NAE_kihelkonnakohtute_kirjad_ja_protokollid_1869-1889, lk 13
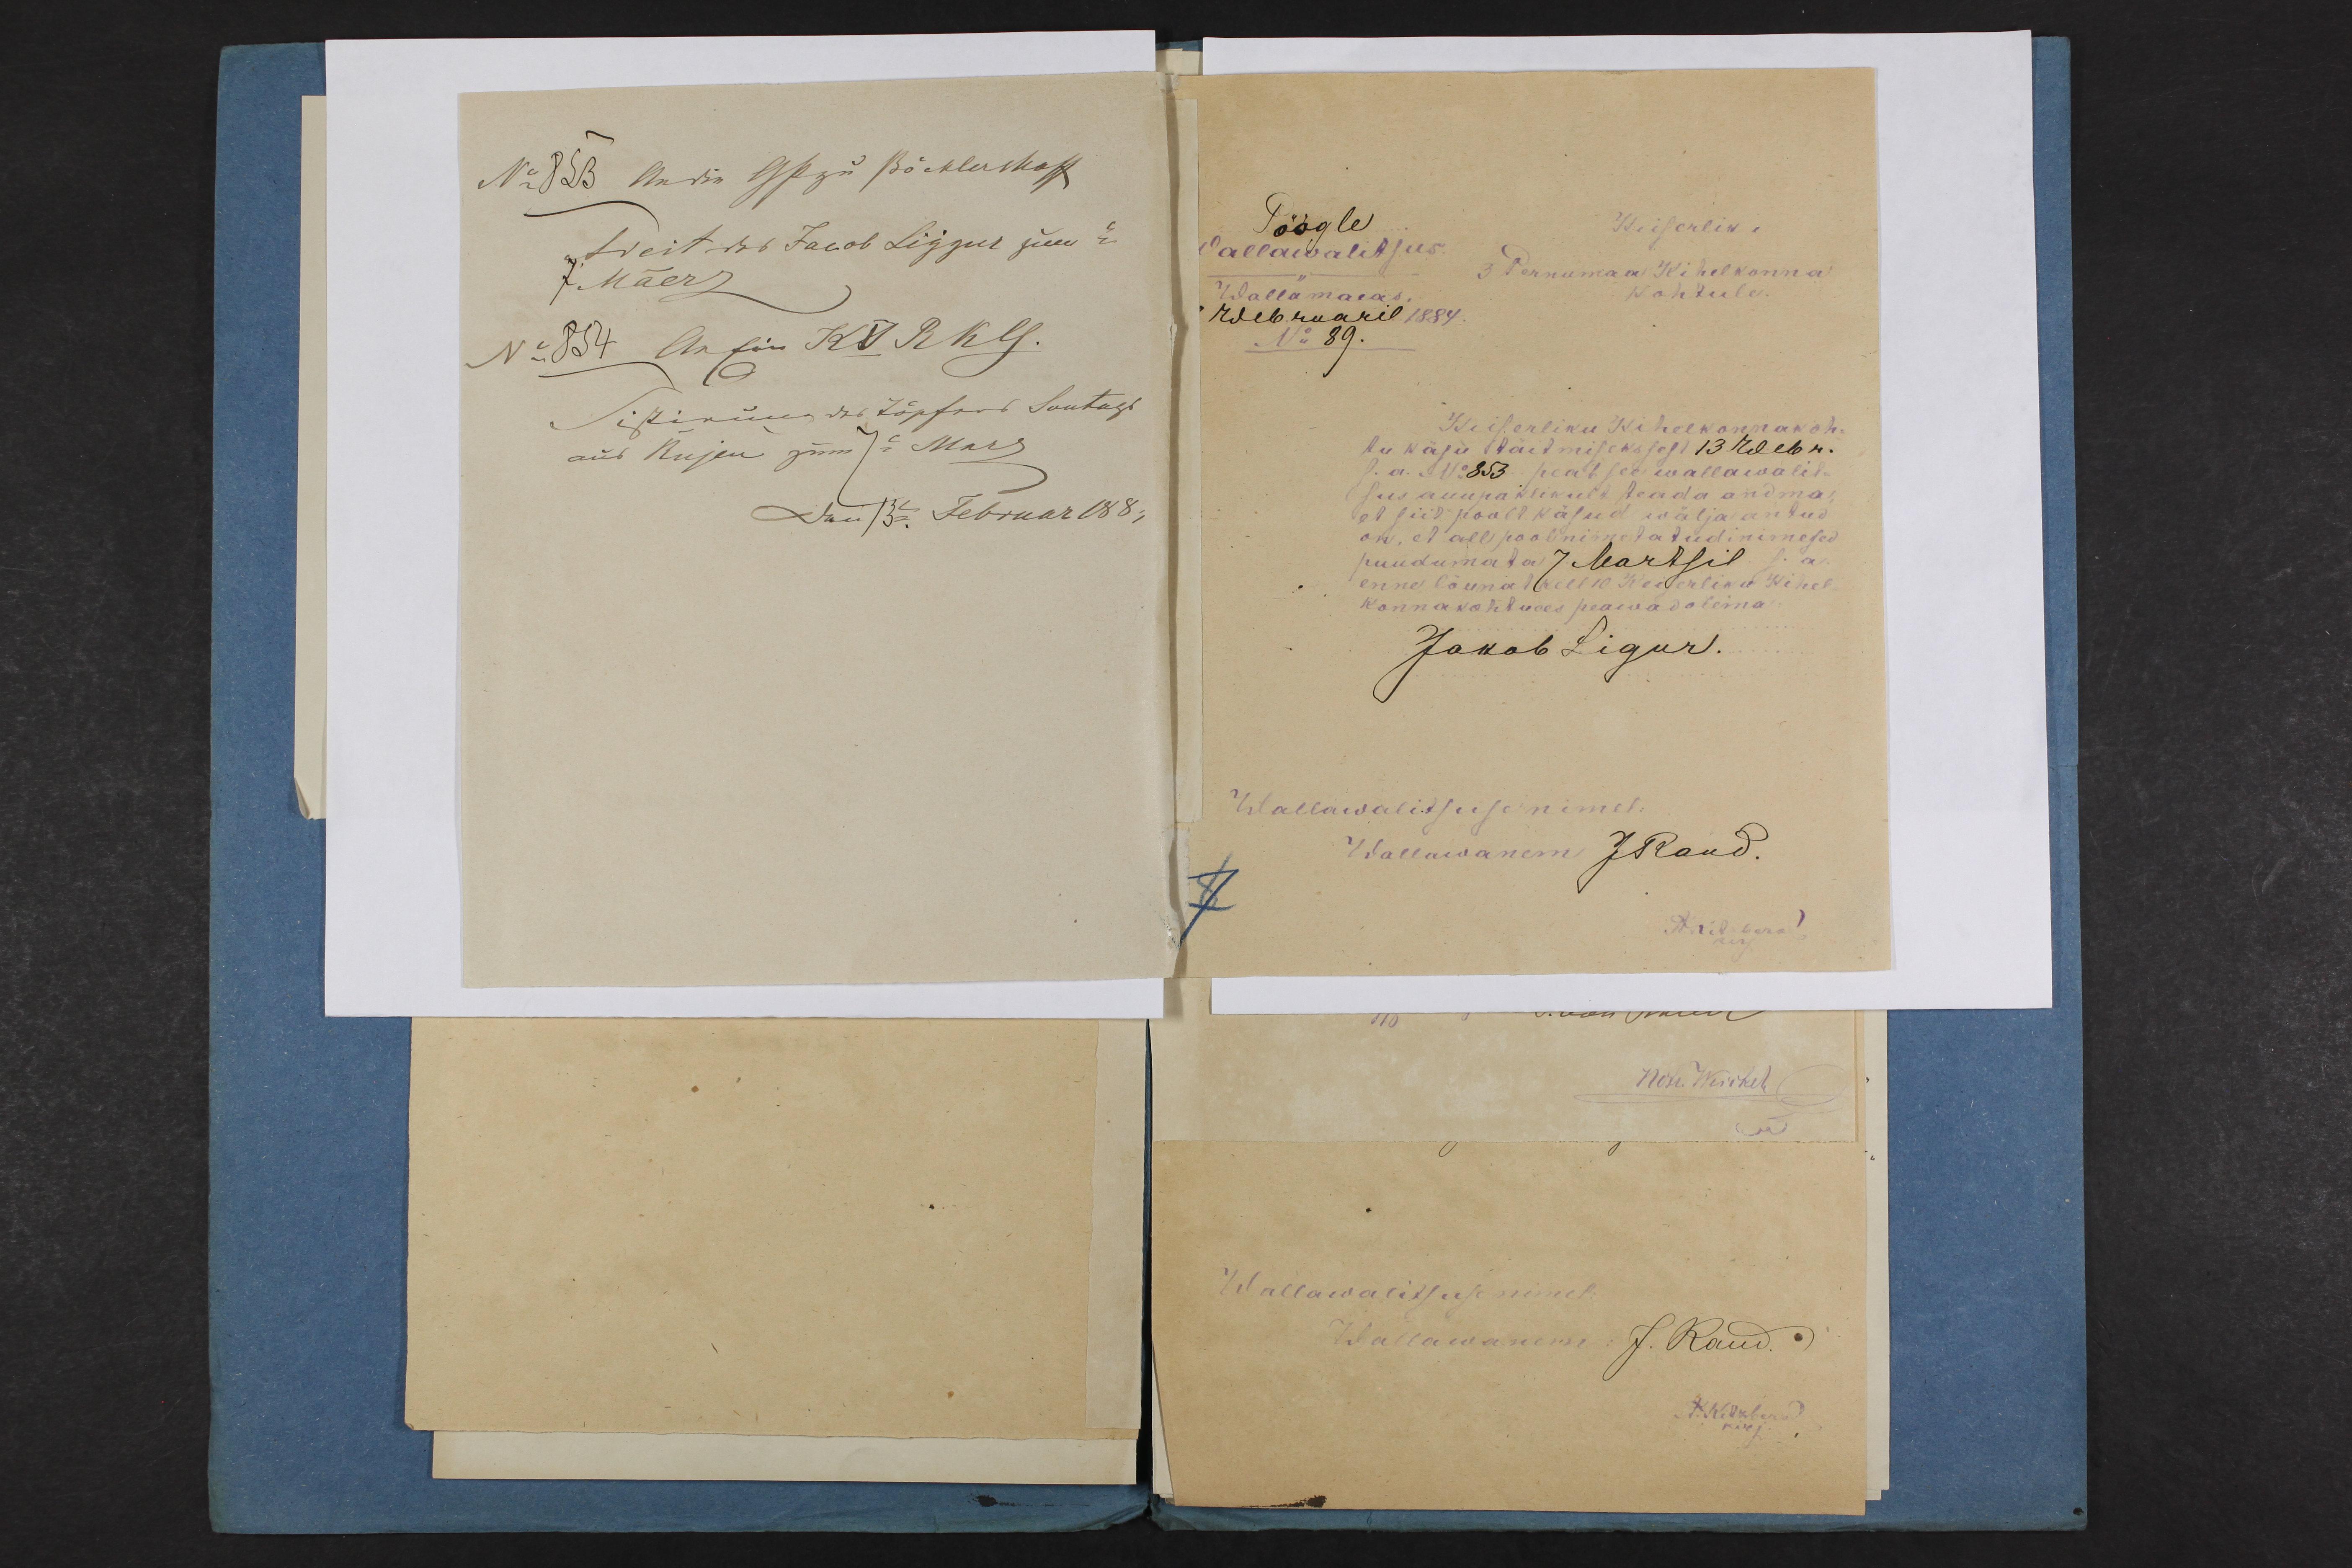
Pöögle
Keiserliku
Wallawalitsus
3 Pernumaa Kihelkonna
Wallamaias
Kohtule
Weebruaril 1884
Keiserliku Kihelkonnakoh-
tu käsu täitmiseks sest 13 weebr.
s.a. No: 853 peab see wallawalit-
sus auupaklikult teada andma
et siit poolt käsud wälja antud
on, et all pool nimetatud inimesed
puudumata 7 Martsil s.a.
enne lõunat kell 10 Keiserliku Kihel-
konnakohtu ees peawad olema
Jakob Ligur
Wallawalitsuse nimel
Wallawanem JRaud